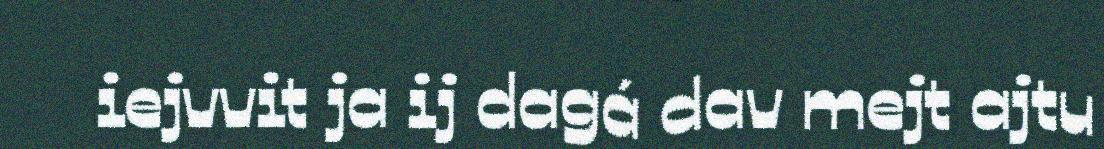
iejvvit ja ij dagá dav mejt ajtu